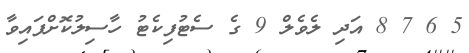
5 6 7 8 އަދި ލެވެލް 9 ގެ ސެޓުފިކެޓު ހާސިލުކޮށްފައިވާ